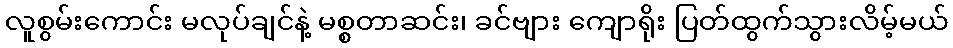
လူစွမ်းကောင်း မလုပ်ချင်နဲ့ မစ္စတာဆင်း၊ ခင်ဗျား ကျောရိုး ပြတ်ထွက်သွားလိမ့်မယ်